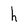
Character: h